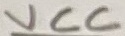
Text: R5